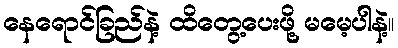
နေရောင်ခြည်နဲ့ ထိတွေ့ပေးဖို့ မမေ့ပါနဲ့။